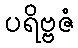
ပရိဗ္ဗဇံ